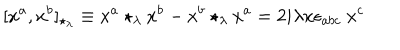
[ x ^ { a } , x ^ { b } ] _ { \star _ { \lambda } } \equiv x ^ { a } \star _ { \lambda } x ^ { b } - x ^ { b } \star _ { \lambda } x ^ { a } = 2 i \lambda x \epsilon _ { a b c } \ x ^ { c }